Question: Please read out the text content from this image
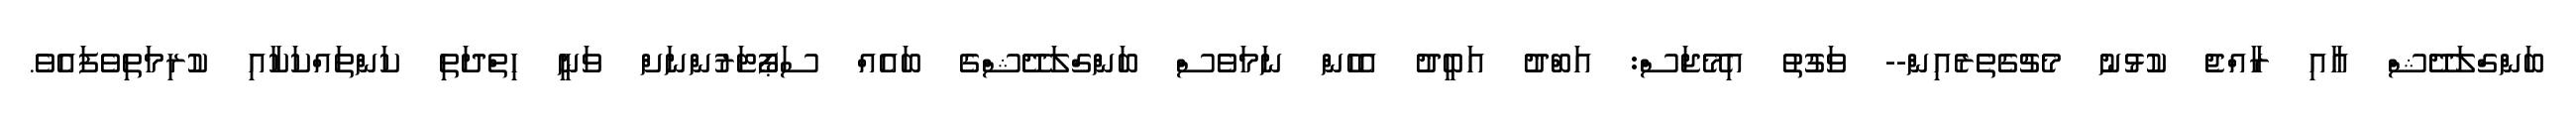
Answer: ބަންގްލަދޭޝް އާއި ރާއްޖެ ކުޅުނު މެޗުގެތެރެއިން-- ވަގުތު އިމޭޖަސް: އަބްދު އަބީދު އެހެން ނަމަވެސް ބަންގްލަދޭޝްގެ ބައެއް ސަޕޯޓަރުންނަށް ވަނީ ހިތްދަތި ކަންތައްކަކާއި ކުރިމަތިވެފައެވެ.